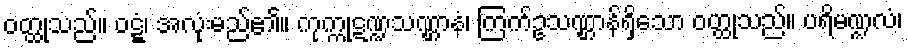
ဝတ္ထုသည်။ ဝဋ္ဋံ၊ အလုံးမည်၏။ ကုက္ကုဋဏ္ဍသဏ္ဌာနံ၊ ကြက်ဥသဏ္ဌာန်ရှိသော ဝတ္ထုသည်။ ပရိမဏ္ဍလံ၊